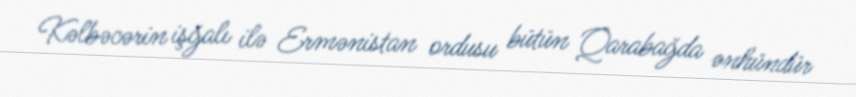
Kəlbəcərin işğalı ilə Ermənistan ordusu bütün Qarabağda ənhündür